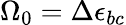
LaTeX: \Omega_{0}=\Delta\epsilon_{bc}